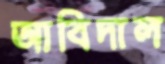
আবিদাল